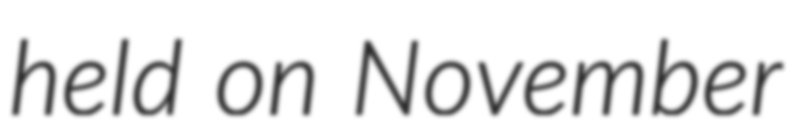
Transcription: held on November